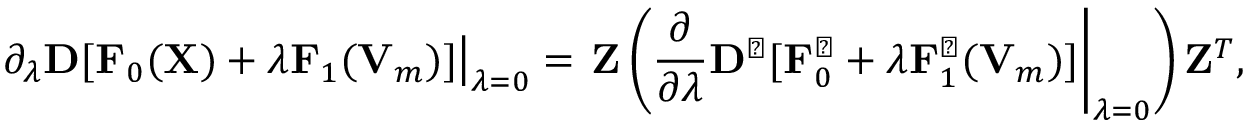
{ \displaystyle \left. { \partial } _ { \lambda } { \bf D } [ { \bf F } _ { 0 } ( { \bf X } ) + \lambda { \bf F } _ { 1 } ( { \bf V } _ { m } ) ] \right\vert _ { \lambda = 0 } = \left. { \bf Z } \left( \frac { \partial } { \partial \lambda } { \bf D } ^ { \perp } [ { \bf F } _ { 0 } ^ { \perp } + \lambda { \bf F } _ { 1 } ^ { \perp } ( { \bf V } _ { m } ) ] \right\vert _ { \lambda = 0 } \right) { \bf Z } ^ { T } } ,